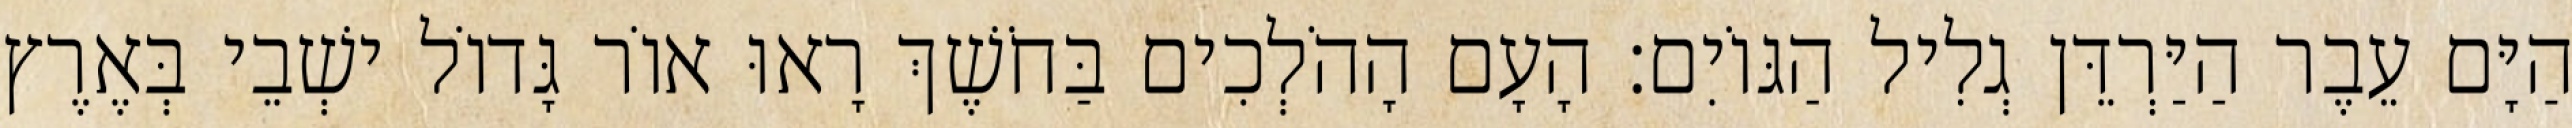
הַיָּם עֵבֶר הַיַּרְדֵּן גְלִיל הַגּוֹיִם׃ הָעָם הָהֹלְכִים בַּחֹשֶׁךְ רָאוּ אוֹר גָּדוֹל ישְׁבֵי בְּאֶרֶץ